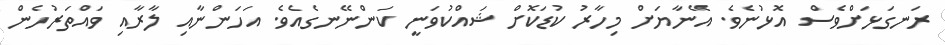
ރަނގަޅަށްވެސް އޮޅުނެވެ. އޭނާޔަށް މިހާރު ކުޑަކޮށް ޝައްކުވަނީ ކަންނޭނގެއެވެ. އަހަންނާއި ލާރާއި ވައްތަރުހެން